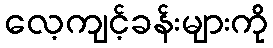
လေ့ကျင့်ခန်းများကို